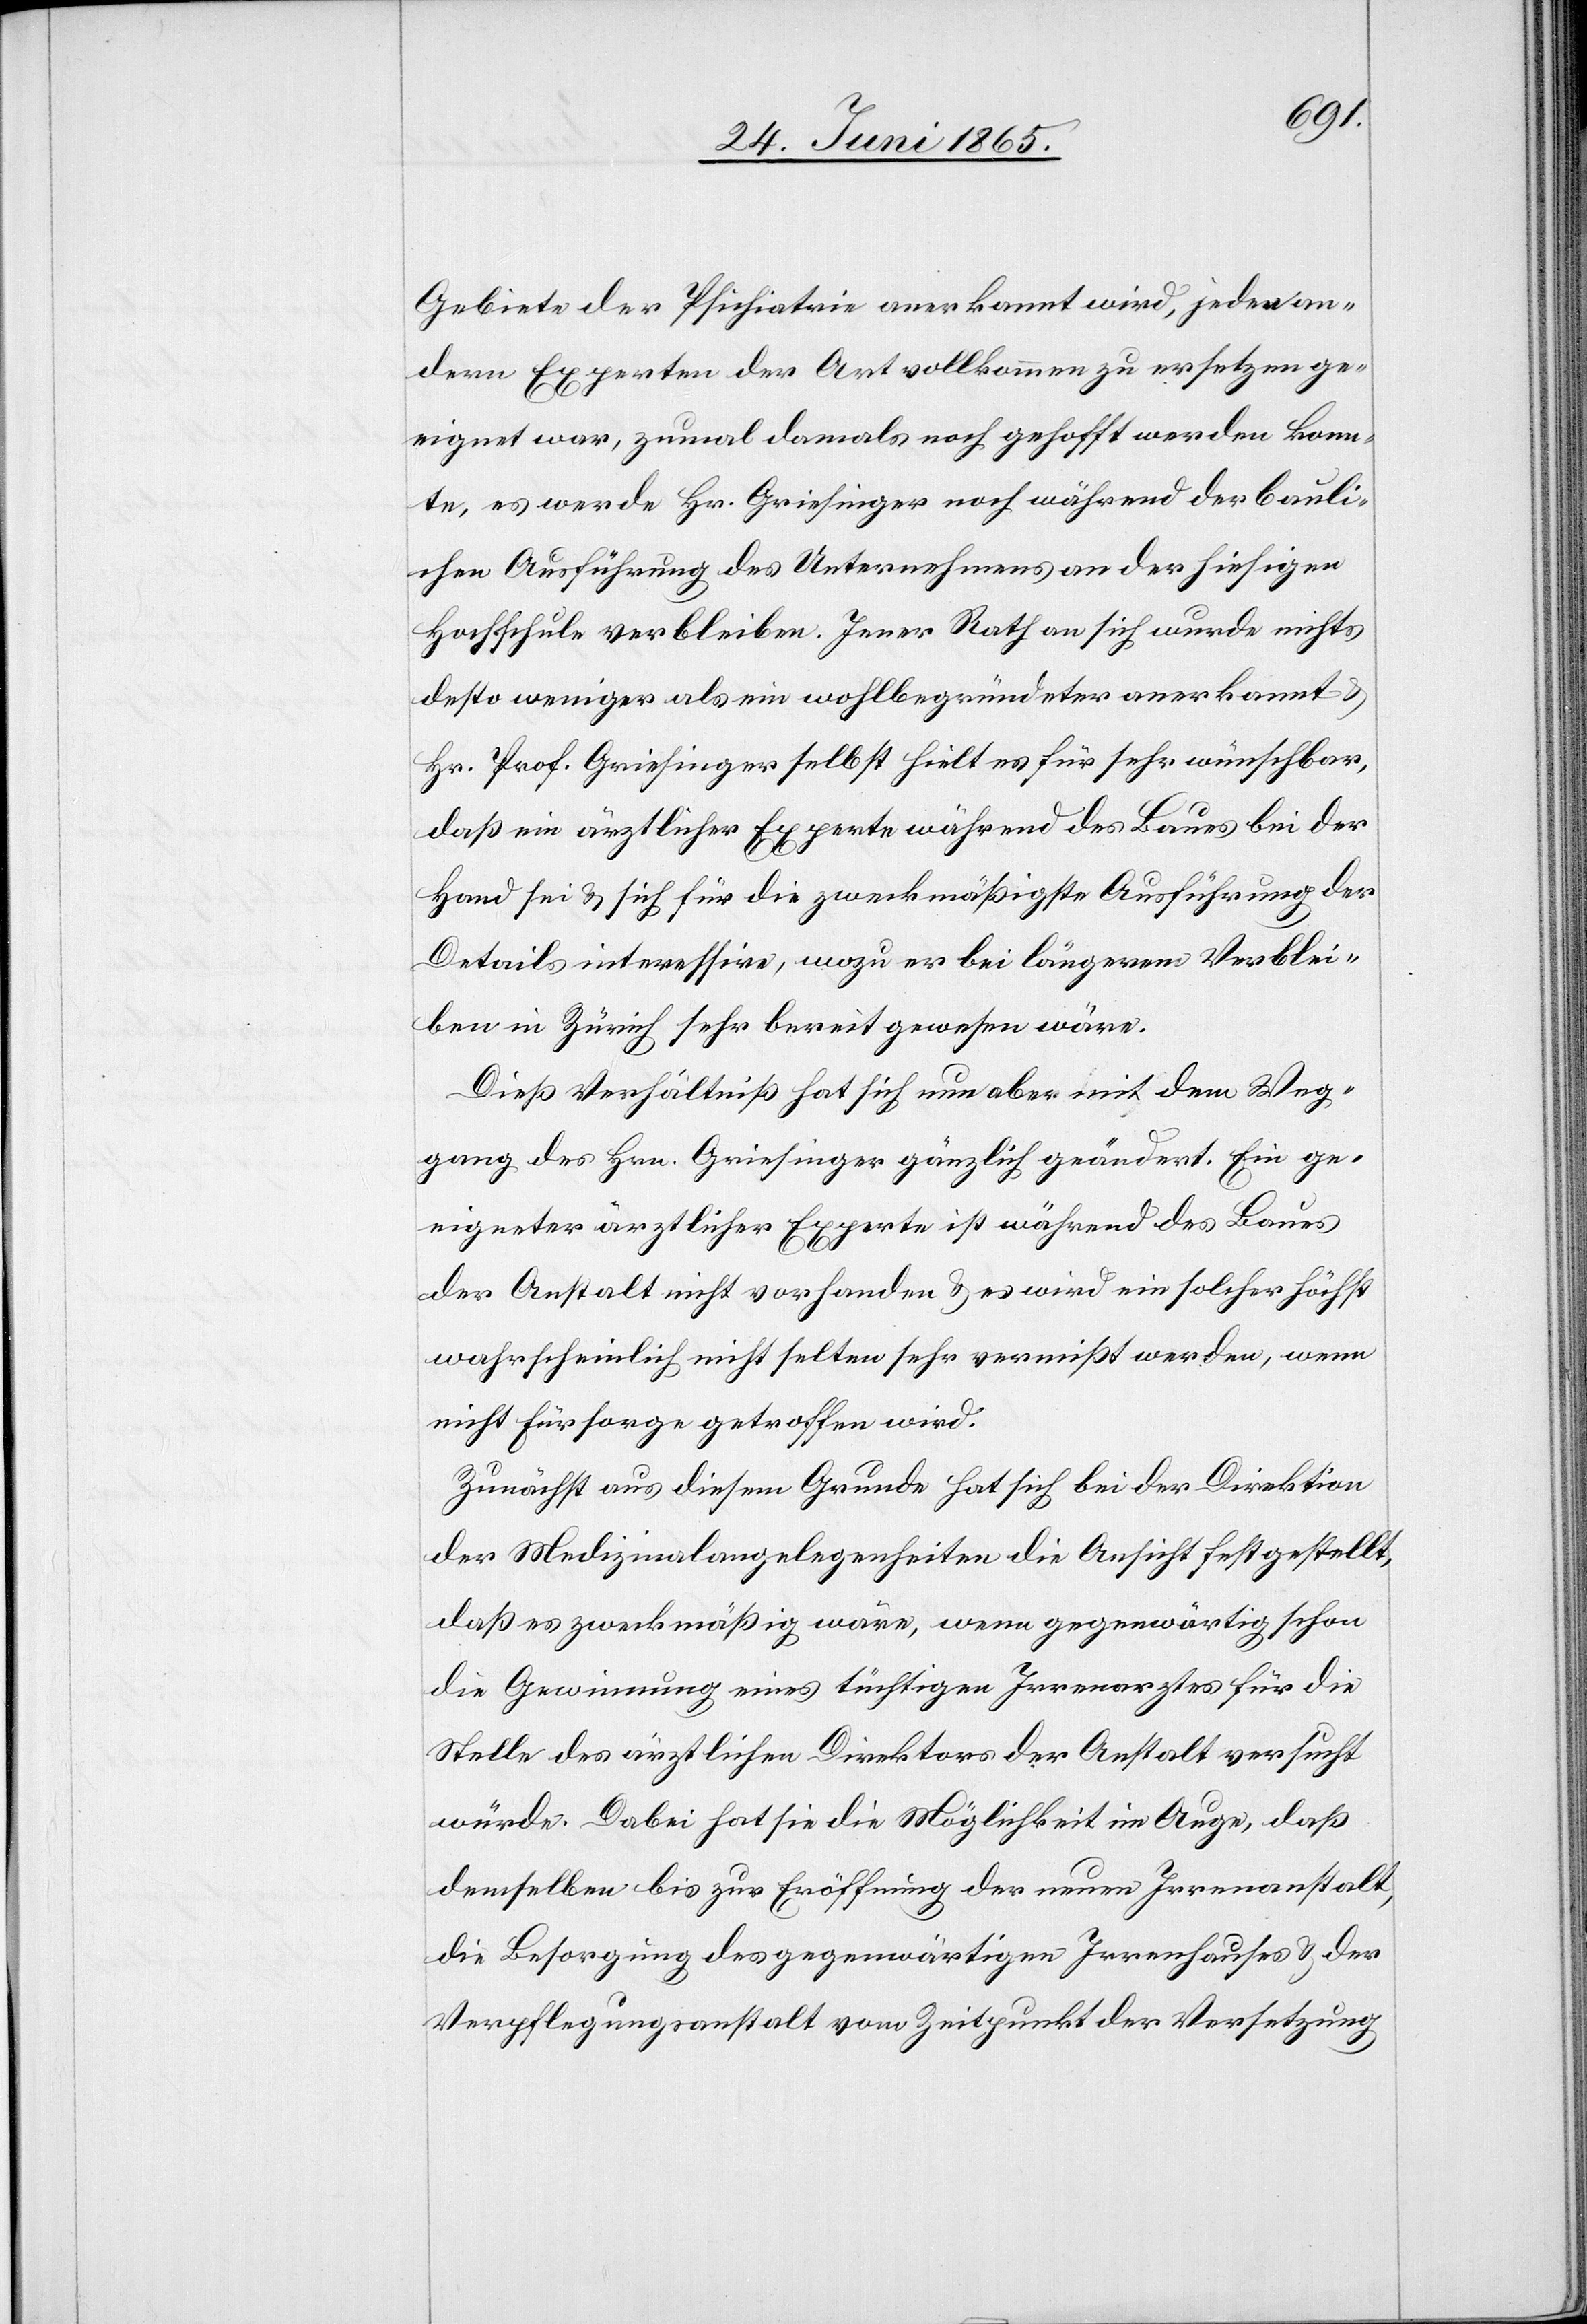
Gebiete der Psichiatrie anerkannt wird, jeden an¬
dern Experten der Art vollkommen zu ersetzen ge¬
eignet war, zumal damals noch gehofft werden konn¬
te, es werde Hr. Griesinger noch während der bauli¬
chen Ausführung des Unternehmens an der hiesigen
Hochschule verbleiben. Jener Rath an sich wurde nichts
desto weniger als ein wohlbegründeter anerkannt
Hr. Prof. Griesinger selbst hielt es für sehr wünschbar,
daß ein ärztlicher Experte während des Baues bei der
Hand sei & sich für die zweckmäßigste Ausführung der
Details interessire, wozu er bei längerem Verblei¬
ben in Zürich sehr bereit gewesen wäre.
Dieß Verhältniß hat sich nun aber mit dem Weg¬
gang des Hrn. Griesinger gänzlich geändert. Ein ge¬
eigneter ärztlicher Experte ist während des Baues
der Anstalt nicht vorhanden & es wird ein solcher höchst
wahrscheinlich nicht selten sehr vermißt werden, wenn
nicht Fürsorge getroffen wird.
Zunächst aus diesem Grunde hat sich bei der Direktion
der Medizinalangelegenheiten die Ansicht festgestellt,
daß es zweckmäßig wäre, wenn gegenwärtig schon
die Gewinnung eines tüchtigen Irrenarztes für die
Stelle des ärztlichen Direktors der Anstalt versucht
würde. Dabei hat sie die Möglichkeit im Auge, daß
demselben bis zur Eröffnung der neuen Irrenanstalt,
die Besorgung des gegenwärtigen Irrenhauses & der
Verpflegungsanstalt vom Zeitpunkt der Versetzung